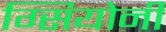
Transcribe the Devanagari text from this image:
ग्सियोनी